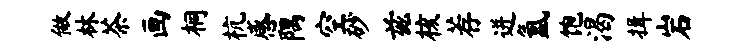
做林茶画桐杭感隅空砂兹核荐迸氲饱渴揖岩